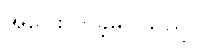
အပြေးလာခဲ့မိပါသည်။